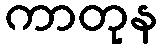
ကာတုန